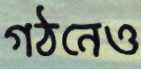
গঠনেও